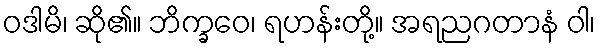
ဝဒါမိ၊ ဆို၏။ ဘိက္ခဝေ၊ ရဟန်းတို့။ အရညဂတာနံ ဝါ၊